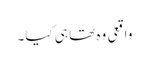
واقعی وہ تھا ہی کیا۔